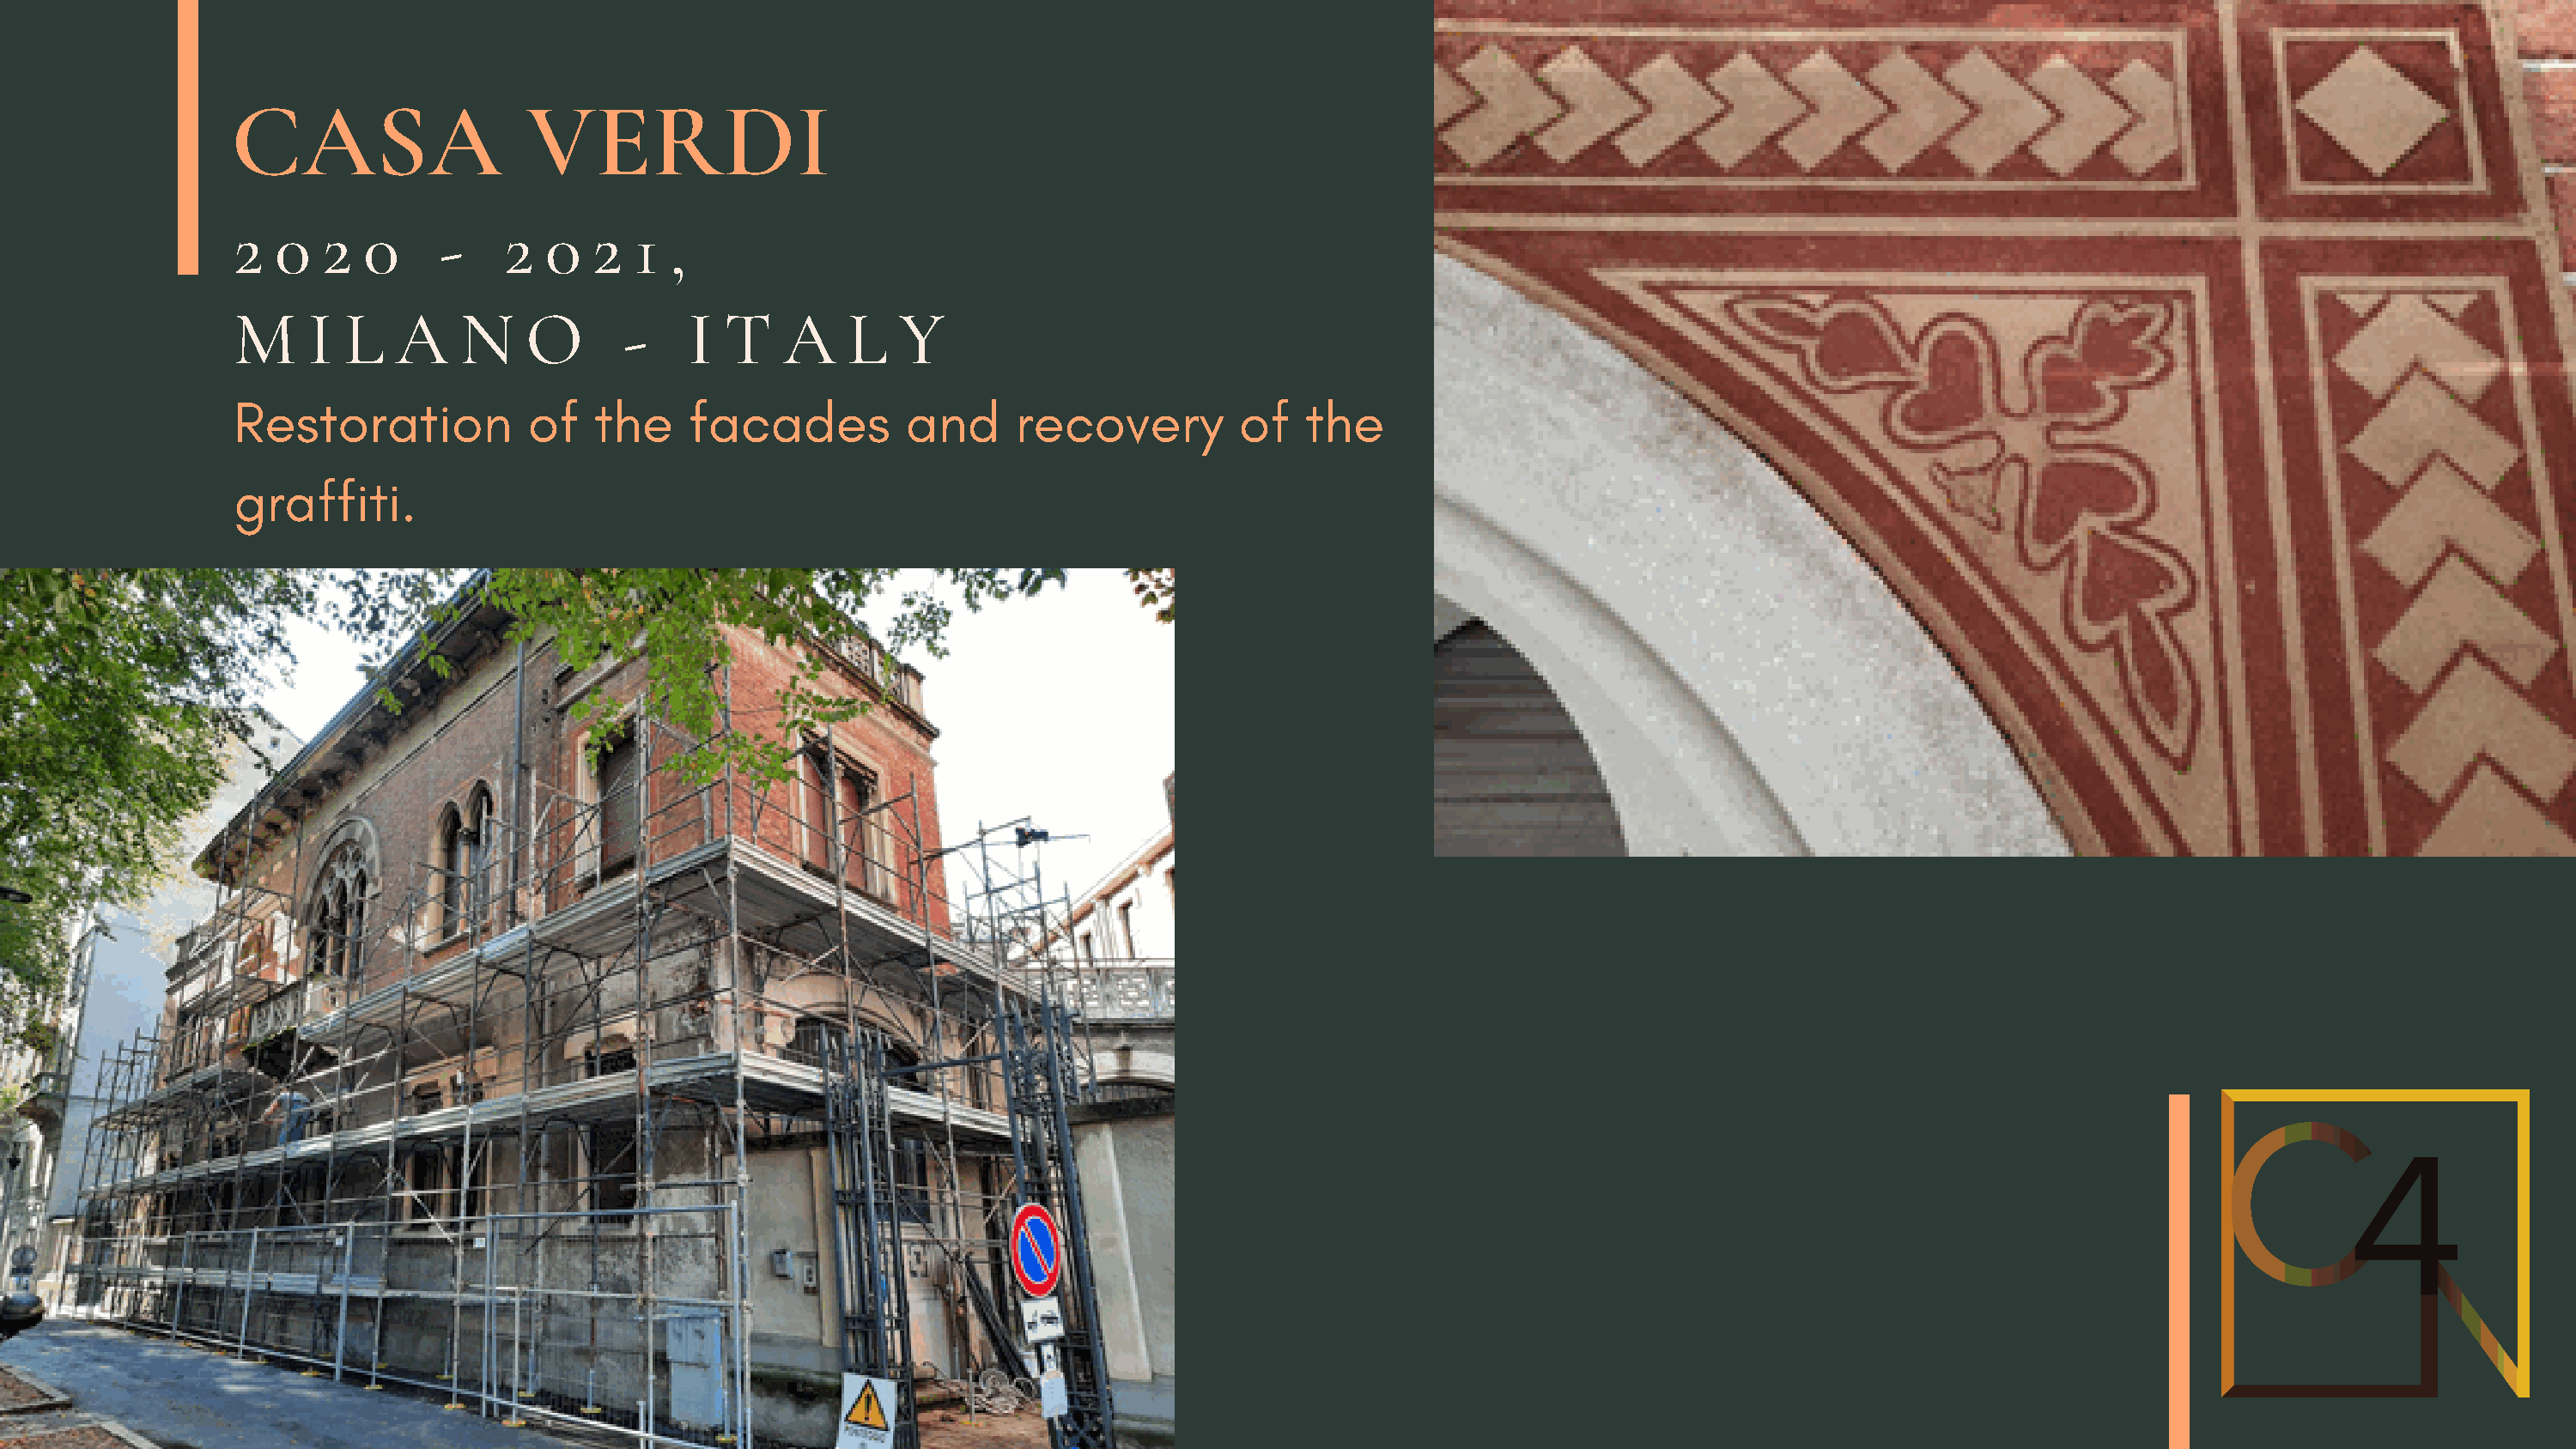
CASA                   VERDI
 2  0   2  0     -    2  0   2  1  ,
 M     I  L  A    N     O      -    I  T   A    L   Y
 Restoration            of   the    facades          and     recovery          of   the
 graffiti.